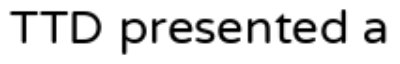
TTD presented a